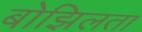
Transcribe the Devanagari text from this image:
बोझिलता